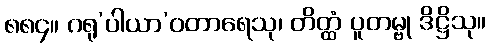
၈၈၄။ ဂရု’ပါယာ’ဝတာရေသု၊ တိတ္ထံ ပူတမ္ဗု ဒိဋ္ဌိသု။